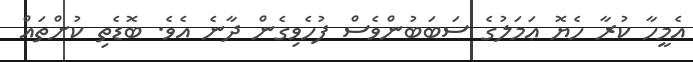
އެމީހާ ކުރާ ހެޔޮ ޢަމަލުގެ ސަބަބުންވެސް ފުހެވިގެން ދާނެ އެވެ. ބޮޑެތި ކުށްތައް